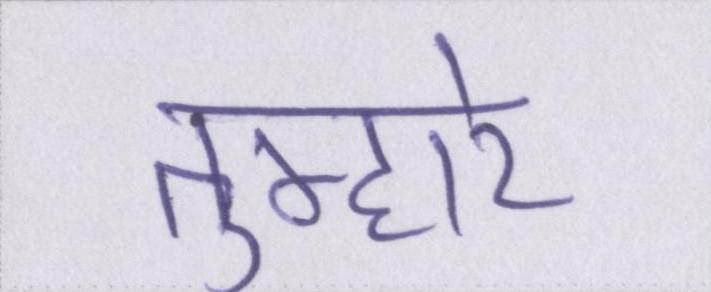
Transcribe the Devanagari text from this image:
तुम्हारे